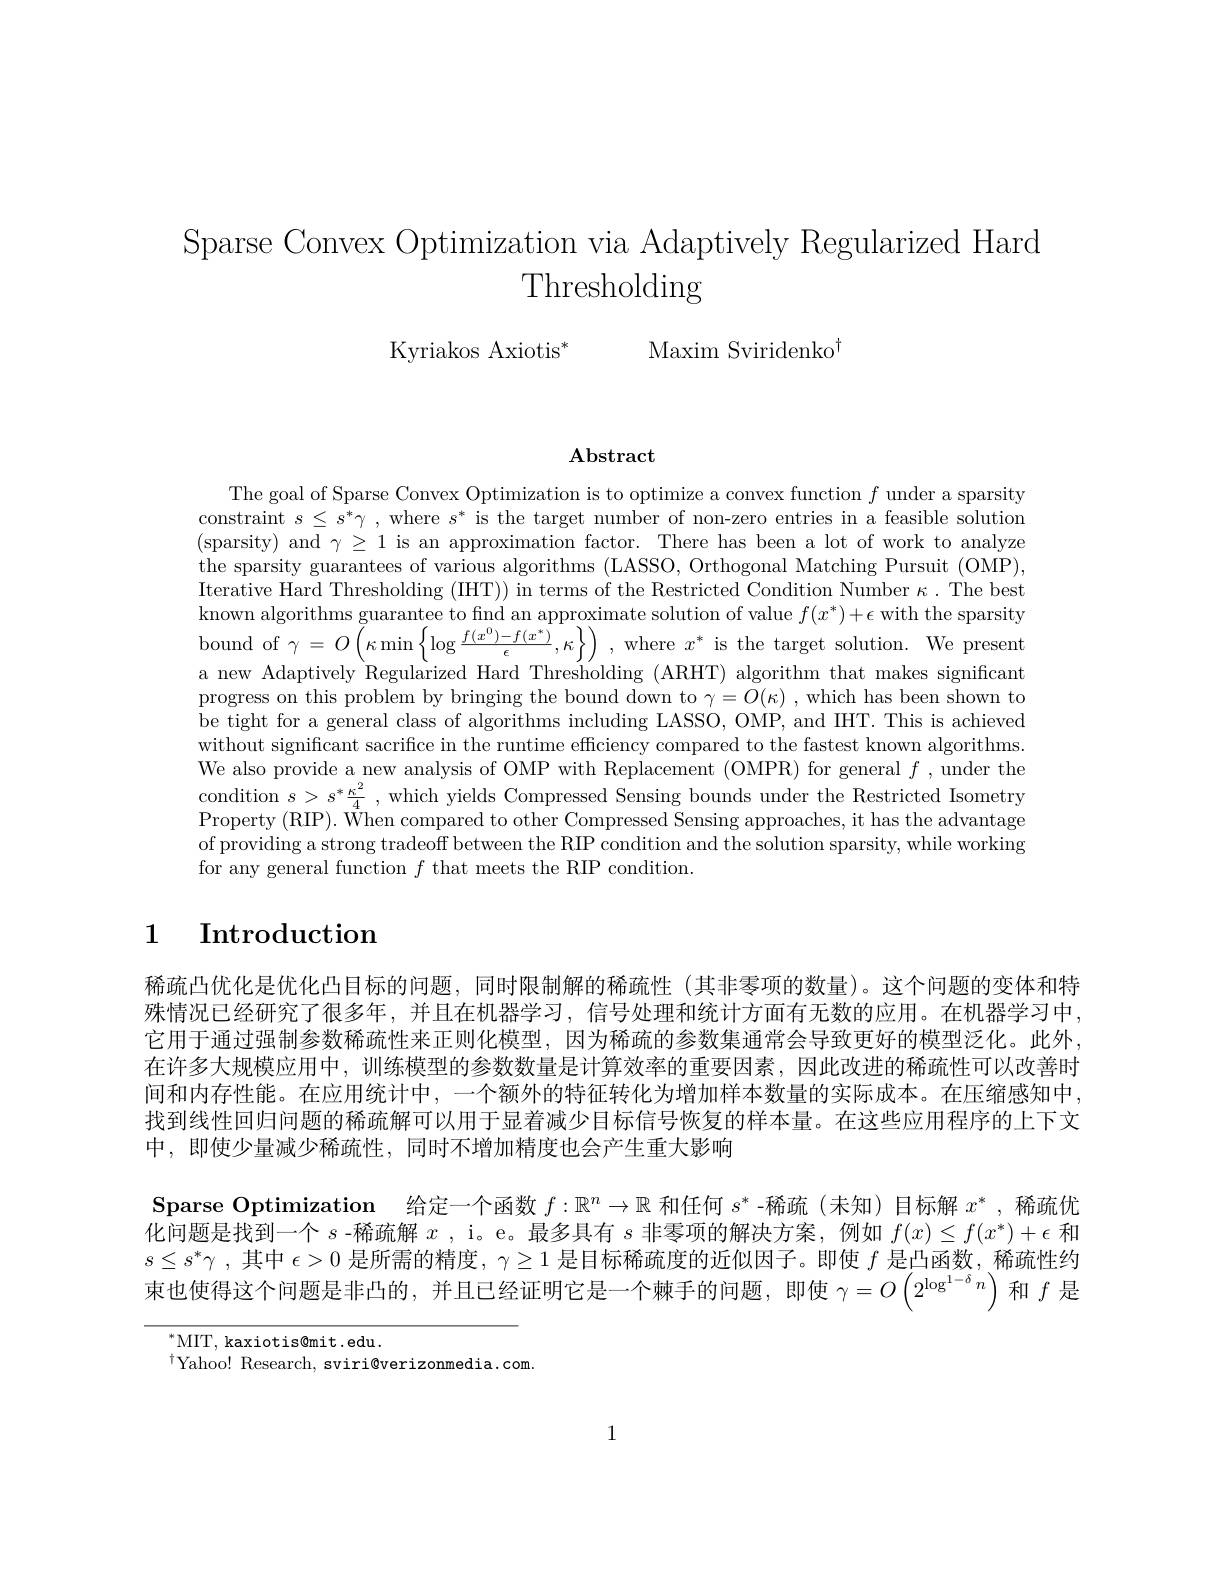
Sparse Convex Optimization via Adaptively Regularized Hard
Thresholding

Kyriakos Axiotis$^*$

Maxim Sviridenko$^{\dagger}$

$\mathbf{Abstract}$

The goal of Sparse Convex Optimization is to optimize a convex function $f$ under a sparsity constraint $s\leq s^*\gamma$ , where $s^*$ is the target number of non-zero entries in a feasible solution (sparsity) and $\gamma\geq1$ is an approximation factor. There has been a lot of work to analyze the sparsity guarantees of various algorithms (LASSO, Orthogonal Matching Pursuit (OMP), Iterative Hard Thresholding (IIHT)) in terms of the Restricted Condition Number $\kappa.$ The best known algorithms guarantee to find an approximate solution of value $f(x^*)+\epsilon$ with the sparsity bound of $\gamma=O\left(\kappa\min\left\{\log\frac{f(x^{0})-f(x^{*})}{\epsilon},\kappa\right\}\right)$, where $x^*$ is the target solution. We present a new Adaptively Regularized Hard Thresholding (ARHT) algorithm that makes significant progress on this problem by bringing the bound down to $\gamma=O(\kappa)$ ,which has been shown to be tight for a general class of algorithms including LASSO, OMP, and IHT. This is achieved without significant sacrifice in the runtime efficiency compared to the fastest known algorithms. We also provide a new analysis of OMP with Replacement (OMPR) for general $f$, under the condition $s>s^*\frac{\kappa^2}4$, which yields Compressed Sensing bounds under the Restricted Isometry Property (RIP). When compared to other Compressed Sensing approaches, it has the advantage of providing a strong tradeoff between the RIP condition and the solution sparsity, while working for any general function $f$ that meets the RIP condition.

# 1 Introduction

稀疏凸优化是优化凸目标的问题，同时限制解的稀疏性(其非零项的数量)。这个问题的变体和特殊情况已经研究了很多年，并且在机器学习，信号处理和统计方面有无数的应用。在机器学习中， 它用于通过强制参数稀疏性来正则化模型，因为稀疏的参数集通常会导致更好的模型泛化。此外， 在许多大规模应用中，训练模型的参数数量是计算效率的重要因素，因此改进的稀疏性可以改善时间和内存性能。在应用统计中，一个额外的特征转化为增加样本数量的实际成本。在压缩感知中找到线性回归问题的稀疏解可以用于显着减少目标信号恢复的样本量。在这些应用程序的上下文中，即使少量减少稀疏性，同时不增加精度也会产生重大影响

$\textbf{Sparse Optimization}$ 给定一个函数$f:\mathbb{R}^n\to\mathbb{R}$和任何$s^*$ -稀疏(未知)目标解$x^*$,稀疏优

化问题是找到一个$s$ -稀疏解$x$ , i。e。最多具有$s$非零项的解决方案，例如$f(x)\leq f(x^*)+\epsilon$和

$s\leq s^{* }\gamma$ ,其中$\epsilon>0$是所需的精度$,\gamma\geq1$是目标稀疏度的近似因子。即使$f$是凸函数，稀疏性约

束也使得这个问题是非凸的，并且已经证明它是一个棘手的问题，即使$\gamma=O\left(2^{\log^{1-\delta}n}\right)$和$f$是

$^{*}$MIT, kaxiotis@mit.edu.
$^{\dagger}$Yahoo! Research, sviri@verizonmedia.com.

1